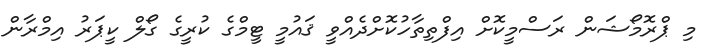
މި ޕްރޮމޯޝަން ރަސްމީކޮށް އިފްތިތާހުކޮށްދެއްވީ ޤައުމީ ޓީމްގެ ކުރީގެ ގޯލް ކީޕަރު އިމްރާން